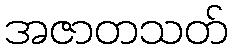
အဇာတသတ်